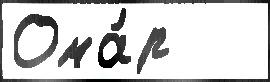
Ома́р